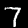
Label: 7